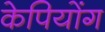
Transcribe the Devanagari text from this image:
केपियोंग